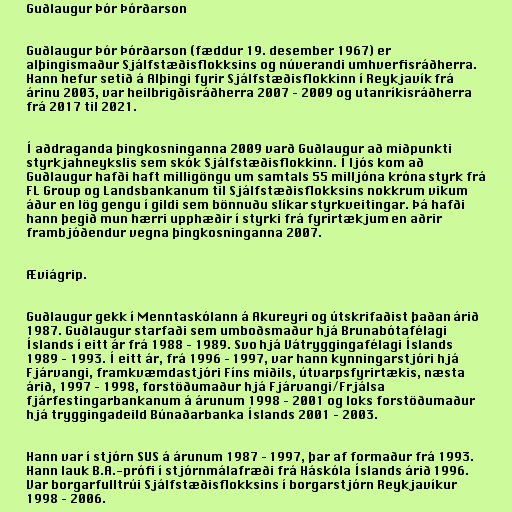
Guðlaugur Þór Þórðarson

Guðlaugur Þór Þórðarson (fæddur 19. desember 1967) er
alþingismaður Sjálfstæðisflokksins og núverandi umhverfisráðherra.
Hann hefur setið á Alþingi fyrir Sjálfstæðisflokkinn í Reykjavík frá
árinu 2003, var heilbrigðisráðherra 2007 – 2009 og utanríkisráðherra
frá 2017 til 2021.

Í aðdraganda þingkosninganna 2009 varð Guðlaugur að miðpunkti
styrkjahneykslis sem skók Sjálfstæðisflokkinn. Í ljós kom að
Guðlaugur hafði haft milligöngu um samtals 55 milljóna króna styrk frá
FL Group og Landsbankanum til Sjálfstæðisflokksins nokkrum vikum
áður en lög gengu í gildi sem bönnuðu slíkar styrkveitingar. Þá hafði
hann þegið mun hærri upphæðir í styrki frá fyrirtækjum en aðrir
frambjóðendur vegna þingkosninganna 2007.

Æviágrip.

Guðlaugur gekk í Menntaskólann á Akureyri og útskrifaðist þaðan árið
1987. Guðlaugur starfaði sem umboðsmaður hjá Brunabótafélagi
Íslands í eitt ár frá 1988 – 1989. Svo hjá Vátryggingafélagi Íslands
1989 – 1993. Í eitt ár, frá 1996 – 1997, var hann kynningarstjóri hjá
Fjárvangi, framkvæmdastjóri Fíns miðils, útvarpsfyrirtækis, næsta
árið, 1997 – 1998, forstöðumaður hjá Fjárvangi/Frjálsa
fjárfestingarbankanum á árunum 1998 – 2001 og loks forstöðumaður
hjá tryggingadeild Búnaðarbanka Íslands 2001 – 2003.

Hann var í stjórn SUS á árunum 1987 – 1997, þar af formaður frá 1993.
Hann lauk B.A.-prófi í stjórnmálafræði frá Háskóla Íslands árið 1996.
Var borgarfulltrúi Sjálfstæðisflokksins í borgarstjórn Reykjavíkur
1998 – 2006.